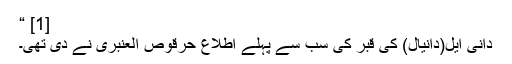
[1] “
دانی ایل(دانیال) کی قبر کی سب سے پہلے اطلاع حرقوص العنبری نے دی تھی۔